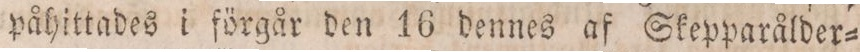
påhittades i förgår den 16 dennes af Skepparålder=